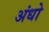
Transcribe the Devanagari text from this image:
अंधो